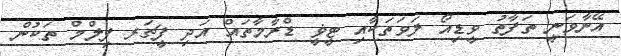
އޭނާވަނީ ތަފާތު ވީޑިއޯ ލަވަތަކާއި ޓީޥީ ޑްރާމާތައް އަދި ފީޗަރ ފިލްމް ތަކުން